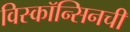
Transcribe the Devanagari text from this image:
विस्कॉन्सिनची